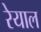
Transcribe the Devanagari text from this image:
रेयाल